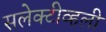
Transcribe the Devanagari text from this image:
सलेक्टीव्हली